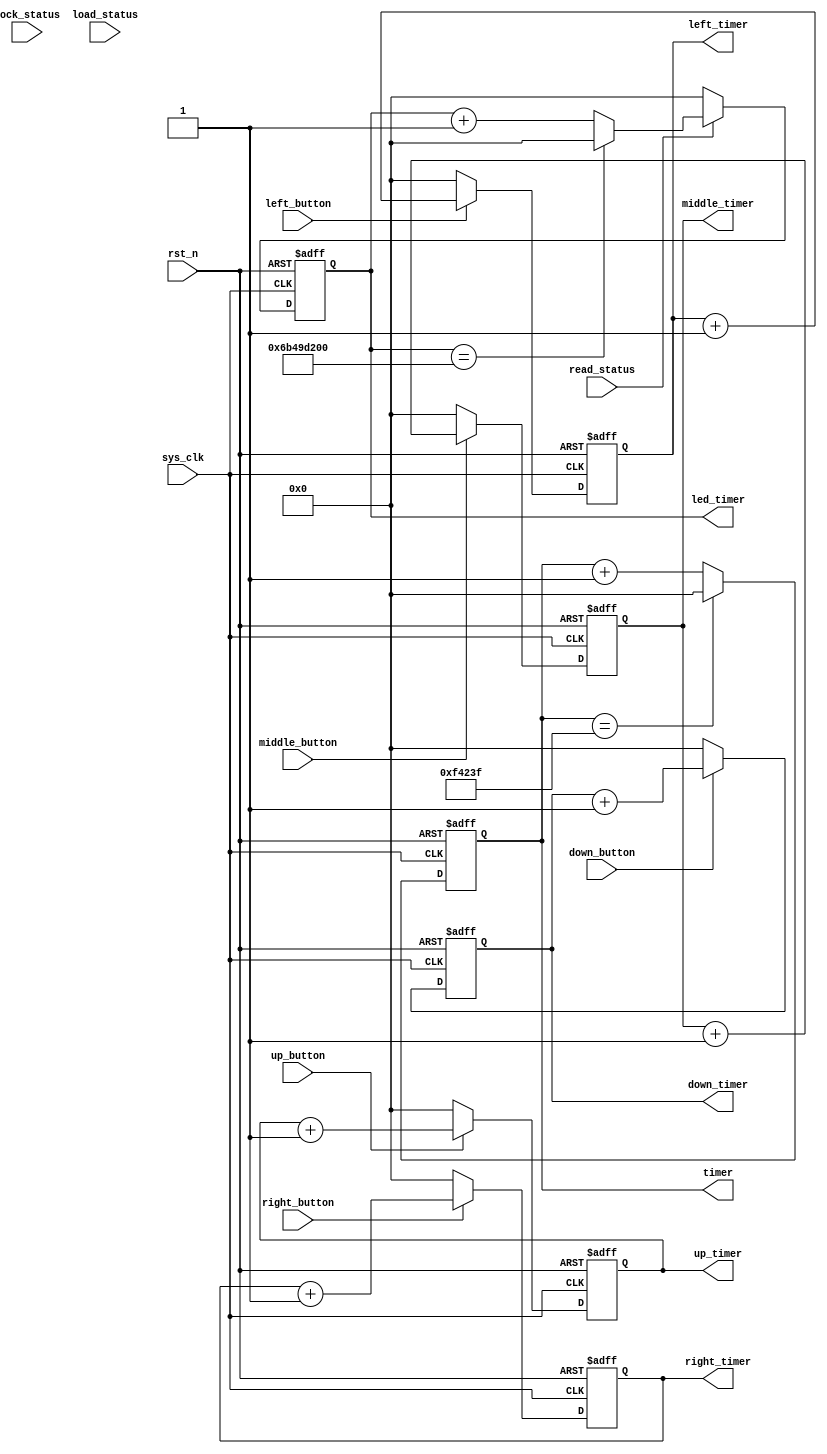
`timescale 1ns / 1ps

module clock_make(
    input sys_clk,         
    input rst_n,           
    input left_button,
    input right_button,
    input up_button,
    input down_button,
    input middle_button,
    input lock_status,      // 
    input read_status,      // 
    input load_status,      // 
    output reg [63:0] led_timer,
    output reg [63:0] timer,
    output reg [63:0] right_timer,
    output reg [63:0] left_timer,
    output reg [63:0] up_timer,
    output reg [63:0] down_timer,
    output reg [63:0] middle_timer
);

always@(posedge sys_clk or negedge rst_n)
    begin
        if(~rst_n)
            begin
                left_timer <= 64'd0;
                right_timer <= 64'd0;
                up_timer <= 64'd0;
                down_timer <= 64'd0;
                middle_timer <= 64'd0;

                led_timer <= 64'd0;
                timer <= 64'd0;
            end
        else
            begin
                if(middle_button) middle_timer <= middle_timer + 1'b1;
                else middle_timer <= 0;
                if(left_button) left_timer <= left_timer + 1'b1;
                else left_timer <= 0;
                if(right_button) right_timer <= right_timer + 1'b1;
                else right_timer <= 0;
                if(up_button) up_timer <= up_timer + 1'b1;
                else up_timer <= 0;
                if(down_button) down_timer <= down_timer + 1'b1;
                else down_timer <= 0;

                if(read_status == 1'b0) led_timer <= 64'd0;
                else if(led_timer == 64'd1_800_000_000) led_timer <= 64'd0;
                else led_timer <= led_timer + 1'b1;

                if(timer == 64'd999999) timer <= 64'd0;
                else timer <= timer + 1'b1;
            end
    end
endmodule